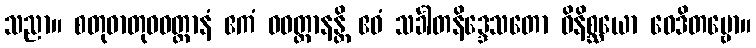
သညာ။ စတုဓာတုဝဝတ္ထာနံ ဧကံ ဝဝတ္ထာနန္တိ ဧဝံ သင်္ခါတနိဒ္ဒေသတော ဝိနိစ္ဆယော ဝေဒိတဗ္ဗော။